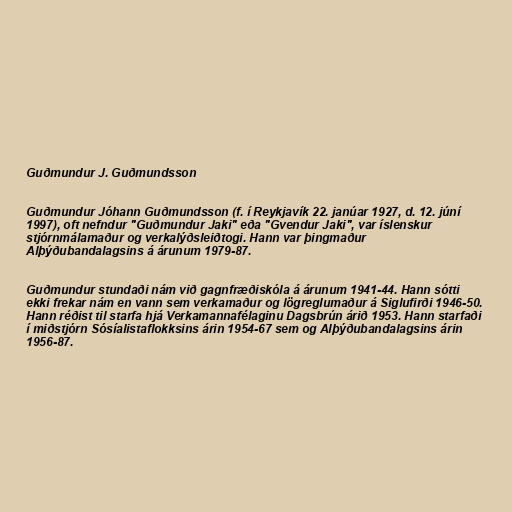
Guðmundur J. Guðmundsson

Guðmundur Jóhann Guðmundsson (f. í Reykjavík 22. janúar 1927, d. 12. júní
1997), oft nefndur "Guðmundur Jaki" eða "Gvendur Jaki", var íslenskur
stjórnmálamaður og verkalýðsleiðtogi. Hann var þingmaður
Alþýðubandalagsins á árunum 1979-87.

Guðmundur stundaði nám við gagnfræðiskóla á árunum 1941-44. Hann sótti
ekki frekar nám en vann sem verkamaður og lögreglumaður á Siglufirði 1946-50.
Hann réðist til starfa hjá Verkamannafélaginu Dagsbrún árið 1953. Hann starfaði
í miðstjórn Sósíalistaflokksins árin 1954-67 sem og Alþýðubandalagsins árin
1956-87.